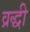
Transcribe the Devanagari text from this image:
व्रद्धी